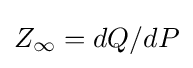
Z_{\infty }=dQ/dP